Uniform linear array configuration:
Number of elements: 48
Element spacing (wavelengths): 0.75
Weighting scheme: cosine
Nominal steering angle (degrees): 15
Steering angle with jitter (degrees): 15.852
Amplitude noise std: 0.05
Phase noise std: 0.05

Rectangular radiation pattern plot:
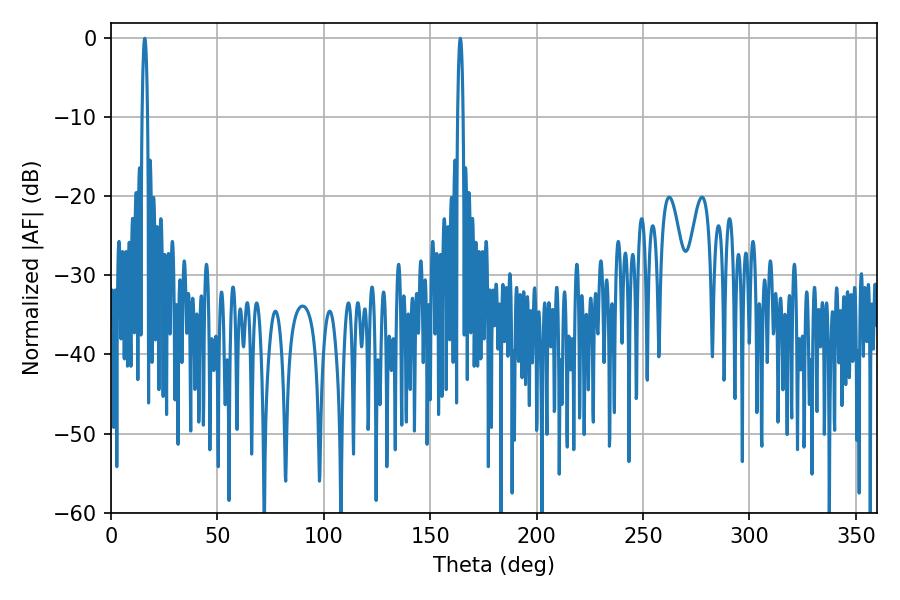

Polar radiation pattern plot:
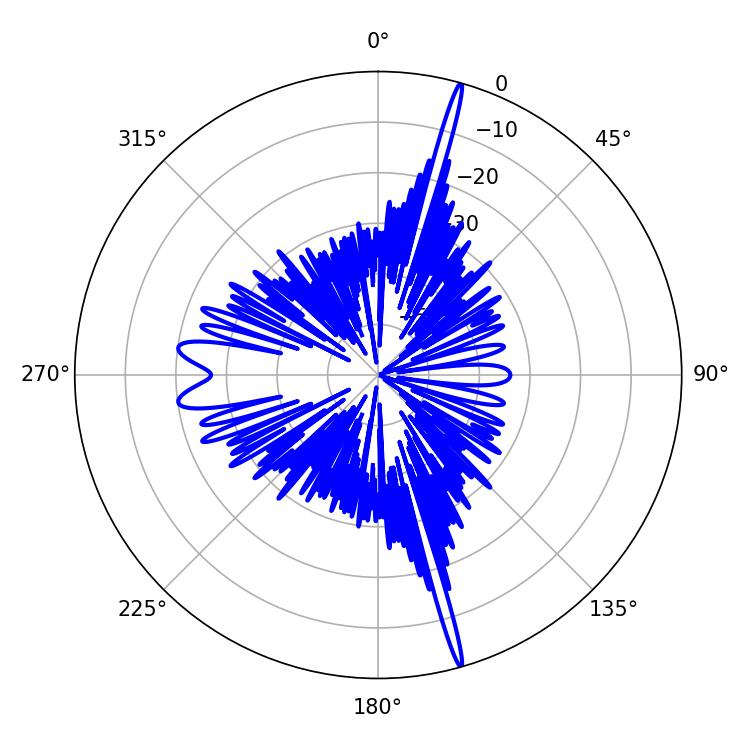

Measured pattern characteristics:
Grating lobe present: TRUE
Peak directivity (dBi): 22.01
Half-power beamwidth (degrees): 1.44
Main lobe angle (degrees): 15.84